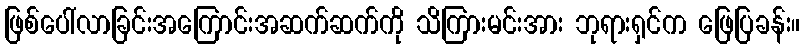
ဖြစ်ပေါ်လာခြင်းအကြောင်းအဆက်ဆက်ကို သိကြားမင်းအား ဘုရားရှင်က ဖြေပြခန်း။